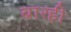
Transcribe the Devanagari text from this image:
बारही